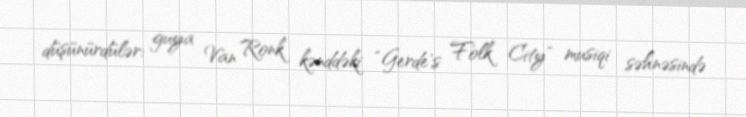
düşünürdülər: guya Van Ronk kənddəki “Gerde's Folk City” musiqi səhnəsində